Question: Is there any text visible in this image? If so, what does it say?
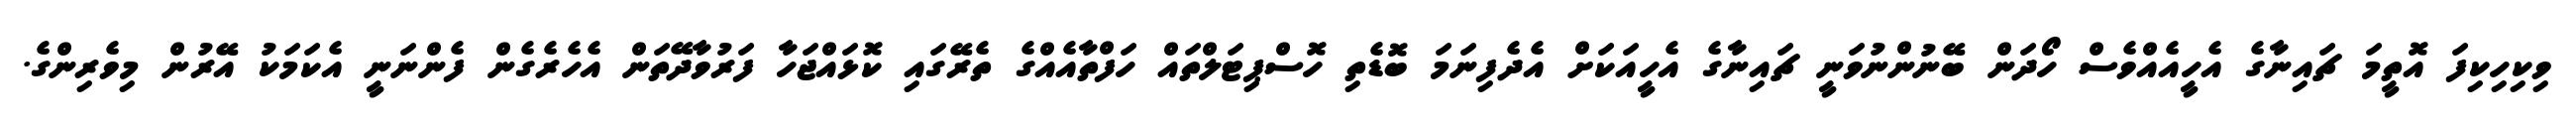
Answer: ވިކިހިކިފަ އޮތީމަ ޗައިނާގެ އެހީއެއްވެސް ހޯދަން ބޭނުންނުވަނީ ޗައިނާގެ އެހީއަކަށް އެދެފިނަމަ ބޮޑެތި ހޮސްޕިޓަލްތައް ހަފްތާއެއްގެ ތެރޭގައި ކޮޅައްޖަހާ ފަރުވާދޭތަން އެހެރެގެން ފެންނަނީ އެކަމަކު އޭރުން މިވެރިންގެ.